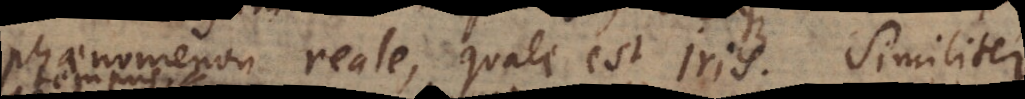
phaenomenon reale, quale est Iris. Similiter